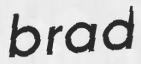
brad